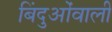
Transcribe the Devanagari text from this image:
बिंदुओंवाली